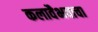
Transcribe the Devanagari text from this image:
कलावैभवाचा